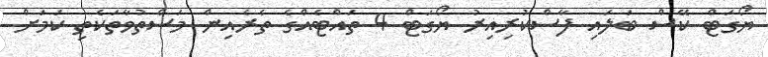
ޔޯގަޓް ކޭސް ބަލައި ފާސްކުރިއިރު ޔޯގަޓް 4 ތައްޓެއްގެ ތެރެއިން މަސްތުވާތަކެތި ކަމަށް